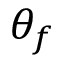
\theta _ { f }